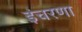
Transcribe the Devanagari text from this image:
इंचरणा